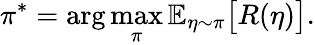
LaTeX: \pi^{*}=\arg\operatorname*{max}_{\pi}\mathbb E_{\eta\sim\pi}\big[R(\eta)\big].